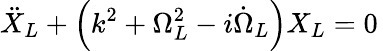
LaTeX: \ddot{X}_{L}+\left(k^{2}+\Omega_{L}^{2}-i\dot{\Omega}_{L}\right)X_{L}=0\,